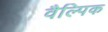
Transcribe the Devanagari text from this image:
वैल्पिक